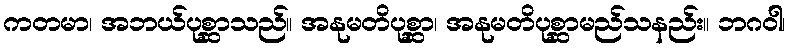
ကတမာ၊ အဘယ်ပုစ္ဆာသည်။ အနုမတိပုစ္ဆာ၊ အနုမတိပုစ္ဆာမည်သနည်း။ ဘဂဝါ၊